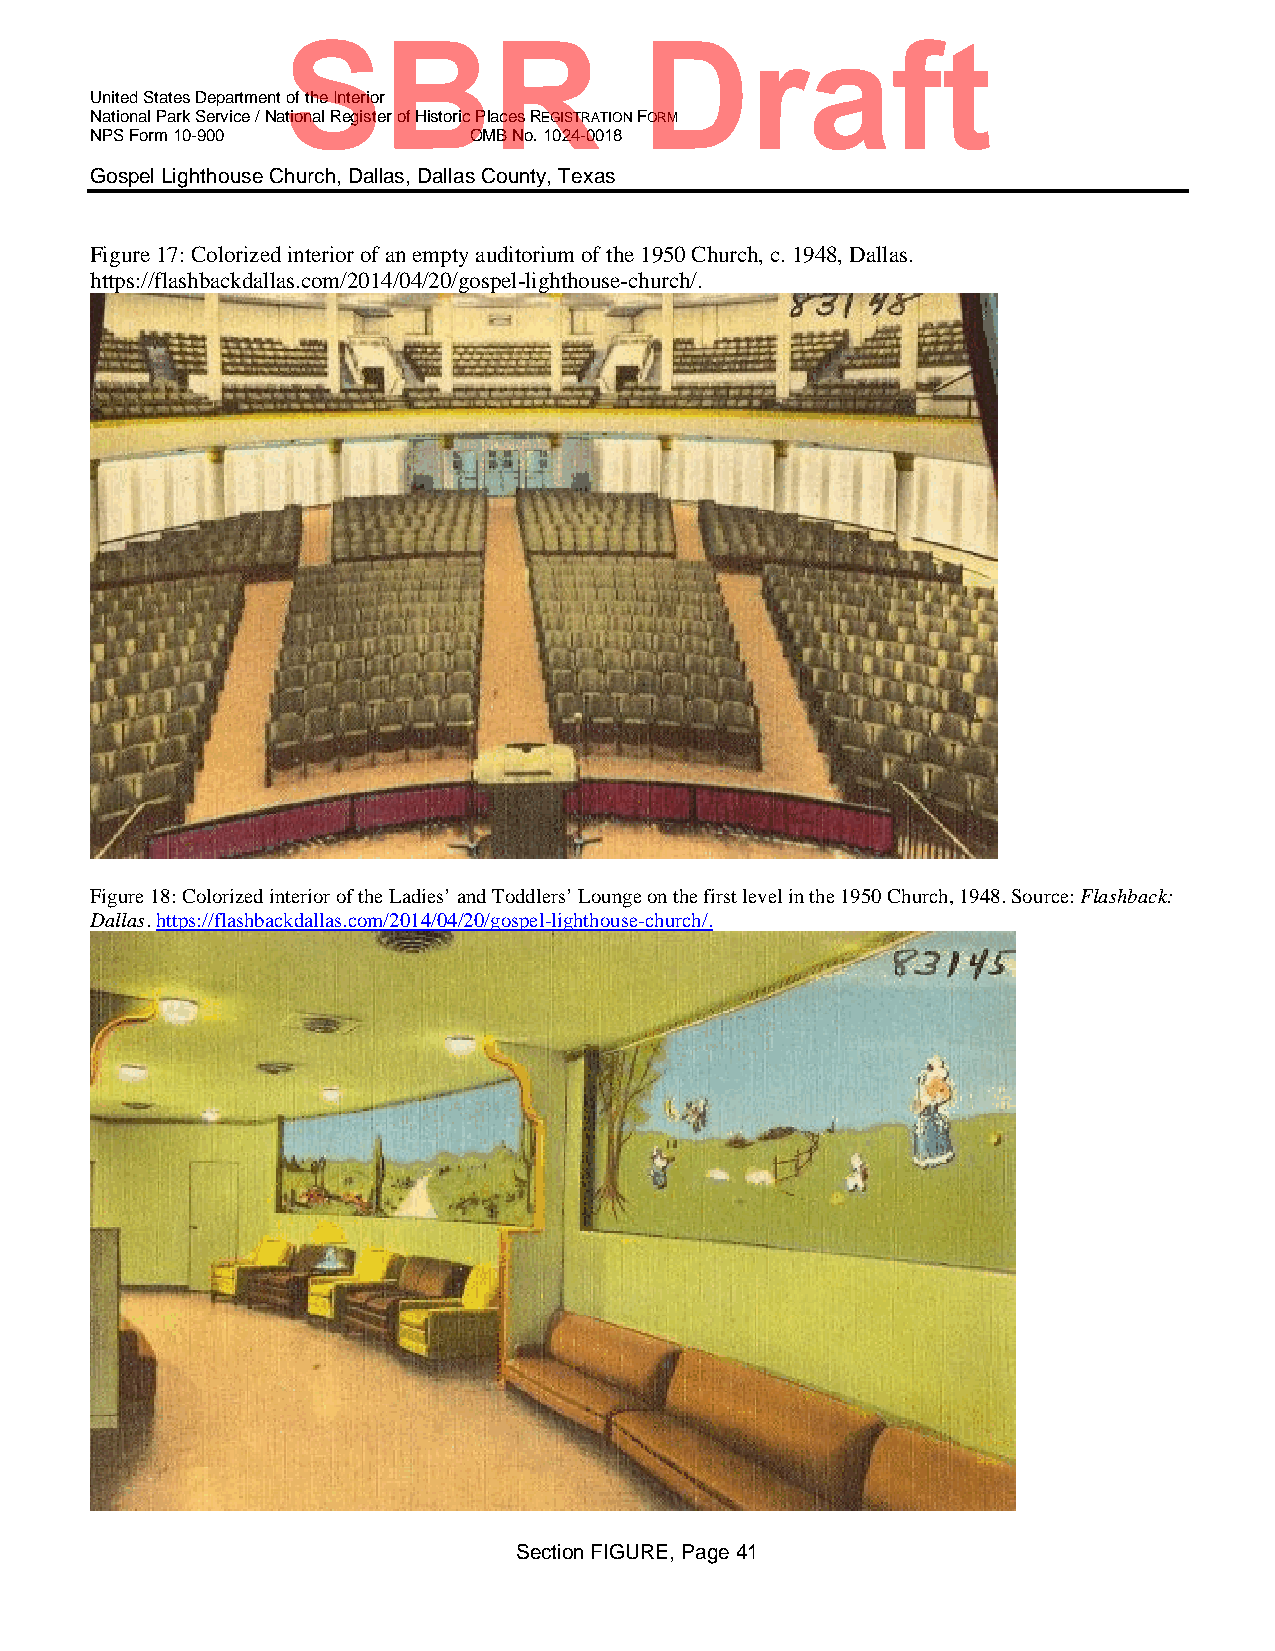
SBR                    Draft
 United States Department of the Interior
 National Park Service / National Register of Historic Places REGISTRATION FORM
 NPS Form 10-900          OMB No. 1024-0018
 Gospel Lighthouse Church, Dallas, Dallas County, Texas
 Figure 17: Colorized interior of an empty auditorium of the 1950 Church, c. 1948, Dallas.
 https://flashbackdallas.com/2014/04/20/gospel-lighthouse-church/.
 Figure 18: Colorized interior of the Ladies’ and Toddlers’ Lounge on the first level in the 1950 Church, 1948. Source: Flashback:
 Dallas. https://flashbackdallas.com/2014/04/20/gospel-lighthouse-church/.
 Section FIGURE, Page 41